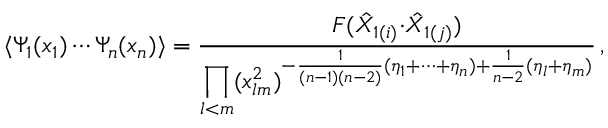
\langle \Psi _ { 1 } ( x _ { 1 } ) \cdots \Psi _ { n } ( x _ { n } ) \rangle = \displaystyle { \frac { F ( \hat { X } _ { 1 ( i ) } { \cdot \hat { X } _ { 1 ( j ) } } ) } { \displaystyle { \prod _ { l < m } ( x _ { l m } ^ { 2 } ) ^ { - \frac { 1 } { ( n - 1 ) ( n - 2 ) } ( \eta _ { 1 } + \cdots + \eta _ { n } ) + \frac { 1 } { n - 2 } ( \eta _ { l } + \eta _ { m } ) } } } } \, ,